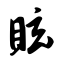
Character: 眩